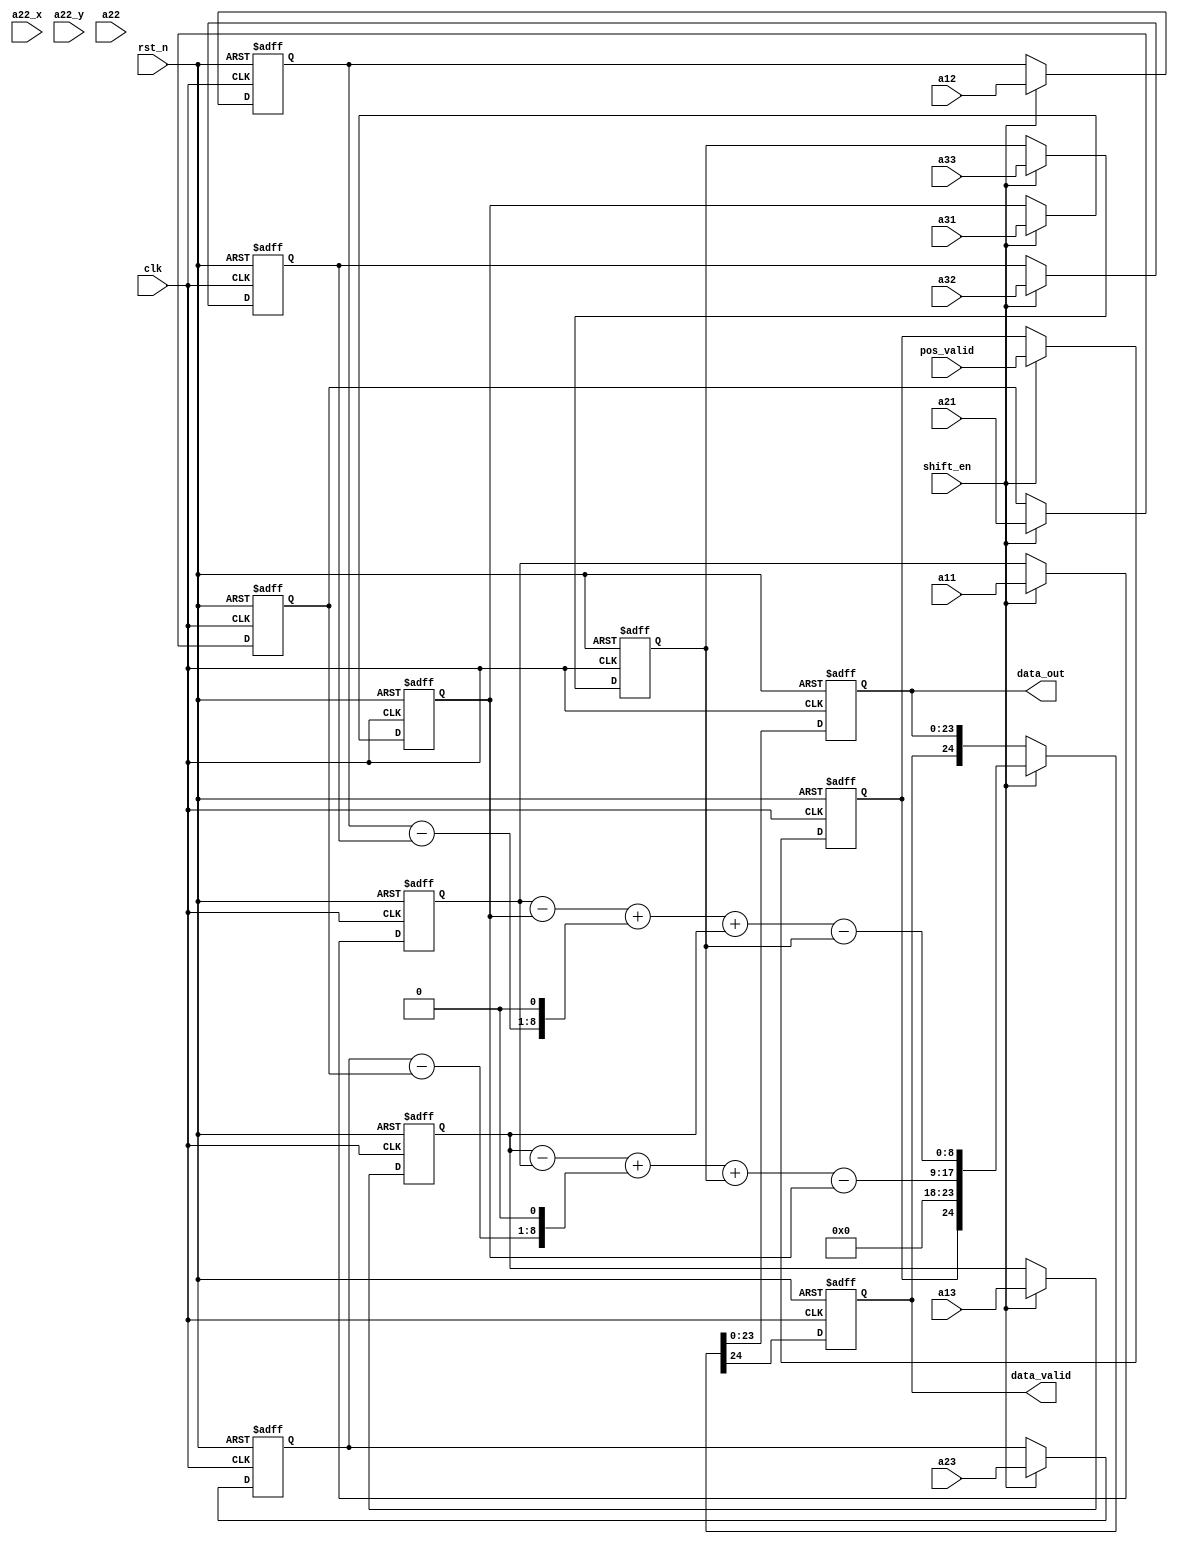
module sobel_interpolation(
    input               clk         ,
    input               rst_n       ,
    input               shift_en    ,

    input               pos_valid   ,
    input       [11:0]  a22_x       ,//col :GB pad
    input       [11:0]  a22_y       ,//row :RG

    input       [7:0]   a11         ,
    input       [7:0]   a12         ,
    input       [7:0]   a13         ,
    input       [7:0]   a21         ,
    input       [7:0]   a22         ,
    input       [7:0]   a23         ,
    input       [7:0]   a31         ,
    input       [7:0]   a32         ,
    input       [7:0]   a33         ,  

    output  reg [23:0]  data_out    ,
    output  reg         data_valid  
);
//****************input register*************************//
reg             [7:0]   a11_r;
reg             [7:0]   a12_r;
reg             [7:0]   a13_r;
reg             [7:0]   a21_r;
reg             [7:0]   a22_r;
reg             [7:0]   a23_r;
reg             [7:0]   a31_r;
reg             [7:0]   a32_r;
reg             [7:0]   a33_r;     
reg             [11:0]  a22_x_r;
reg             [11:0]  a22_y_r;
reg                     pos_valid_r;
always@(posedge clk,negedge rst_n)begin
    if(~rst_n)begin
        a11_r       <= 'd0;
        a12_r       <= 'd0;
        a13_r       <= 'd0;
        a21_r       <= 'd0;
        a22_r       <= 'd0;
        a23_r       <= 'd0;
        a31_r       <= 'd0;
        a32_r       <= 'd0;
        a33_r       <= 'd0;
        a22_x_r     <= 'd0;
        a22_y_r     <= 'd0;
        pos_valid_r <= 'd0;
    end
    else if(shift_en)begin
        a11_r       <= a11        ;
        a12_r       <= a12        ;
        a13_r       <= a13        ;
        a21_r       <= a21        ;
        a22_r       <= a22        ;
        a23_r       <= a23        ;
        a31_r       <= a31        ;
        a32_r       <= a32        ;
        a33_r       <= a33        ;
        a22_x_r     <= a22_x      ;
        a22_y_r     <= a22_y      ;
        pos_valid_r <= pos_valid  ;        
    end
    else begin
        a11_r       <= a11_r      ;
        a12_r       <= a12_r      ;
        a13_r       <= a13_r      ;
        a21_r       <= a21_r      ;
        a22_r       <= a22_r      ;
        a23_r       <= a23_r      ;
        a31_r       <= a31_r      ;
        a32_r       <= a32_r      ;
        a33_r       <= a33_r      ;
        a22_x_r     <= a22_x_r    ;
        a22_y_r     <= a22_y_r    ;
        pos_valid_r <= pos_valid_r;       
    end
end     
//////////////////////////////////////////////////////////

//*************************************//

//.
wire [8:0] gx;//x
wire [8:0] gy;//y
 //gxgx
//assign gx = a3 - a1 + ((b3 - b1) << 1) + c3 - c1;
//assign gy = a1 - c1 + ((a2 - c2) << 1) + a3 - c3;
wire [17:0] data_tmp;
assign gx = a13_r - a11_r + ((a23_r - a21_r) << 1) + a33_r - a31_r;
assign gy = a11_r - a31_r + ((a12_r - a32_r) << 1) + a13_r - a33_r;
assign data_tmp = {gx,gy};

//*************output register**********************//
always@(posedge clk,negedge rst_n)begin
    if(~rst_n)begin
        {data_valid,data_out} <= 25'd0;
    end
    else if(shift_en)begin
        {data_valid,data_out} <= {pos_valid_r,{6'h00,data_tmp}};
    end
    else begin
        {data_valid,data_out} <= {data_valid,data_out};
    end
end
endmodule